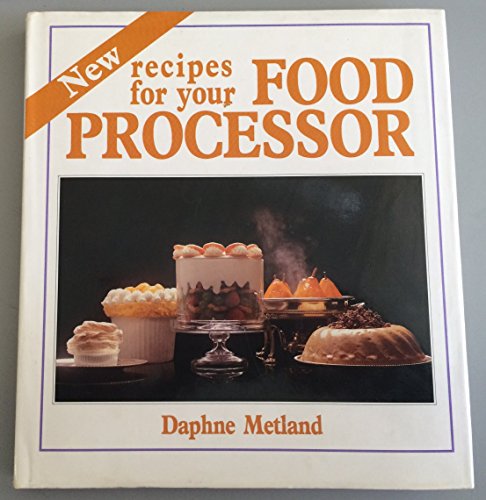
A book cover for New Recipes for Your Food Processor; Daphne Metland; Cookbooks, Food & Wine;